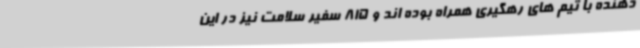
دهنده با تیم های رهگیری همراه بوده اند و 815 سفیر سلامت نیز در این